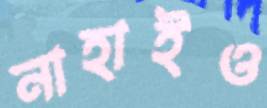
নাহাইও